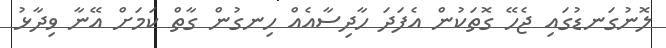
ލޮނުގަނޑުގައި ޖެހޭ ގޮތަކުން އެފަދަ ހާދިސާއެއް ހިނގުން ގާތް ކަމަށް އޭނާ ވިދާޅު